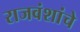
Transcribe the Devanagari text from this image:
राजवंशांचे